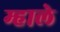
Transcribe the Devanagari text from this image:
म्हाले